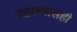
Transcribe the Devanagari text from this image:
उतरण्यासही